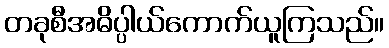
တခုစီအဓိပ္ပါယ်ကောက်ယူကြသည်။